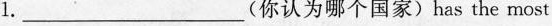
1.___ (你认为哪个国家)has the most